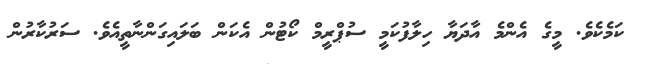
ކަމެކެވެ. މީގެ އެންމެ އާދަޔާ ހިލާފުކަމީ ސުޕްރީމް ކޯޓުން އެކަން ބަލައިގަންނާތީއެވެ. ސަރުކާރުން